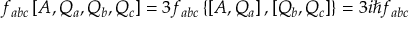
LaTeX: f _ { a b c } \left[ A , Q _ { a } , Q _ { b } , Q _ { c } \right] = 3 f _ { a b c } \left\{ \left[ A , Q _ { a } \right] , \left[ Q _ { b } , Q _ { c } \right] \right\} = 3 i \hbar f _ { a b c }